Leaving Certificate Examination, 1912
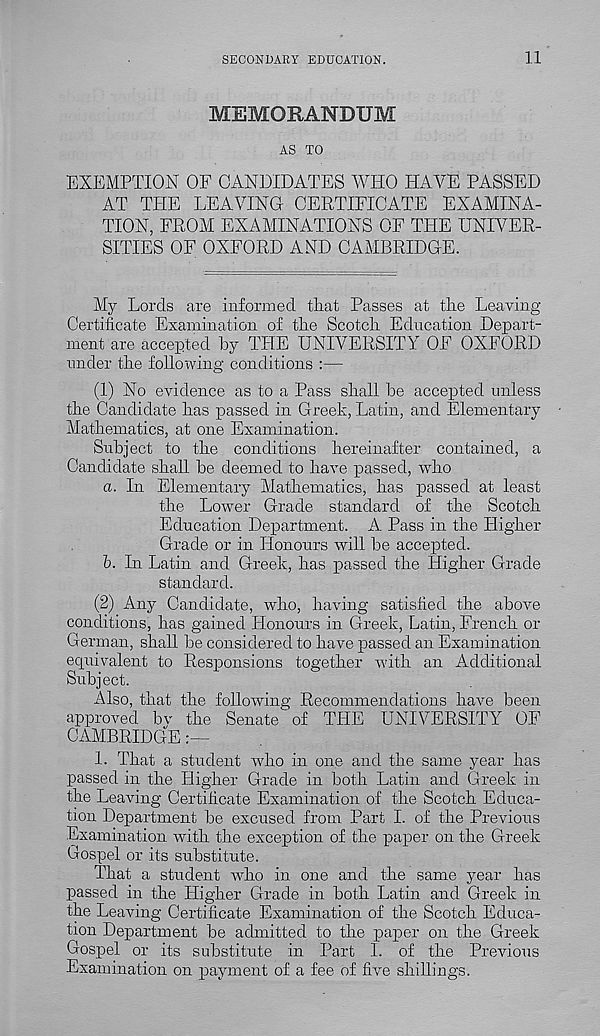
SECONDARY EDUCATION.
11
MEMORANDUM
AS TO
EXEMPTION OF CANDIDATES WHO HAVE PASSED
AT THE LEAVING CERTIFICATE EXAMINA-
TION, FROM EXAMINATIONS OF THE UNIVER-
SITIES OF OXFORD AND CAMBRIDGE.
My Lords are informed tliat Passes at tire Leaving
Certificate Examination of the Scotch Education Depart-
ment are accepted by THE UNIVERSITY OF OXFORD
under the following conditions :—
(1) No evidence as to a Pass shall be accepted unless
the Candidate has passed in Greek, Latin, and Elementary
Mathematics, at one Examination.
Subject to the conditions hereinafter contained, a
Candidate shall be deemed to have passed, who
а. In Elementary Mathematics, has passed at least
the Lower Grade standard of the Scotch
Education Department. A Pass in the Higher
Grade or in Honours will be accepted.
б. In Latin and Greek, has passed the Higher Grade
standard.
(2) Any Candidate, who, having satisfied the above
conditions, has gained Honours in Greek, Latin, French or
German, shall be considered to have passed an Examination
equivalent to Responsions together with an Additional
Subject.
Also, that the following Recommendations have been
approved bv the Senate of THE UNIVERSITY OF
CAMBRIDGE
1. That a student who in one and the same year has
passed in the Higher Grade in both Latin and Greek in
the Leaving Certificate Examination of the Scotch Educa-
tion Department be excused from Part I. of the Previous
Examination with the exception of the paper on the Greek
Gospel or its substitute.
That a student who in one and the same year has
passed in the Higher Grade in both Latin and Greek in
the Leaving Certificate Examination of the Scotch Educa-
tion Department be admitted to the paper on the Greek
Gospel or its substitute in Part I. of the Previous
Examination on payment of a fee of five shillings.